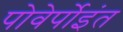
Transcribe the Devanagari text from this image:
पोवेर्पोइंत